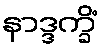
နာဒ္ဒက္ခိံ